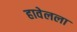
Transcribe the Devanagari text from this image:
हावेलला